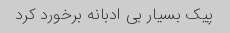
پیک بسیار بی ادبانه برخورد کرد